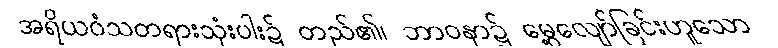
အရိယဝံသတရားသုံးပါး၌ တည်၏၊ ဘာဝနာ၌ မွေ့လျော်ခြင်းဟူသော